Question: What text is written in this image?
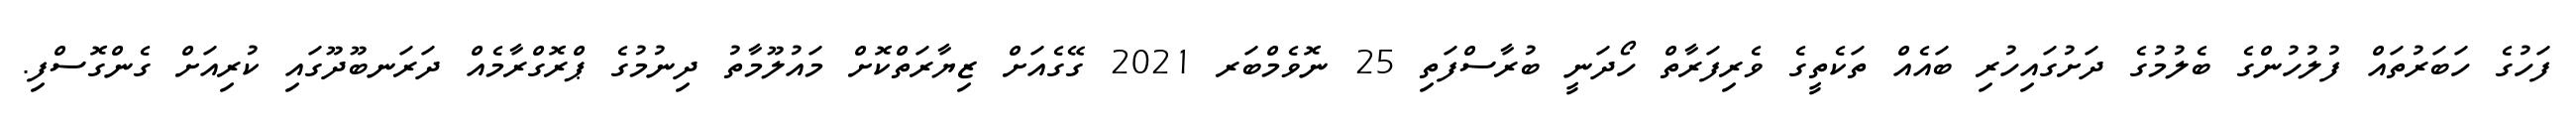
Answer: ފަހުގެ ހަބަރުތައް ފުލުހުންގެ ބެލުމުގެ ދަށުގައިހުރި ބައެއް ތަކެތީގެ ވެރިފަރާތް ހޯދަނީ ބުރާސްފަތި 25 ނޮވެމްބަރ 2021 ގޭގެއަށް ޒިޔާރަތްކޮށް މައުލޫމާތު ދިނުމުގެ ޕްރޮގްރާމެއް ދަރަނބޫދޫގައި ކުރިއަށް ގެންގޮސްފި.